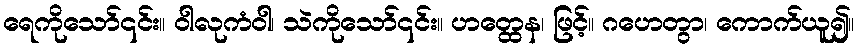
ရေကိုသော်၎င်း။ ဝါလုကံဝါ၊ သဲကိုသော်၎င်း။ ဟတ္ထေန၊ ဖြင့်။ ဂဟေတွာ၊ ကောက်ယူ၍။